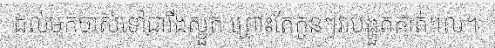
ដល់មកចាស់ទៅជារីងស្ងួត ព្រោះតែកូនៗវាបង្ហួតគាត់។ល។